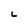
Character: L